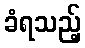
ခံရသည့်